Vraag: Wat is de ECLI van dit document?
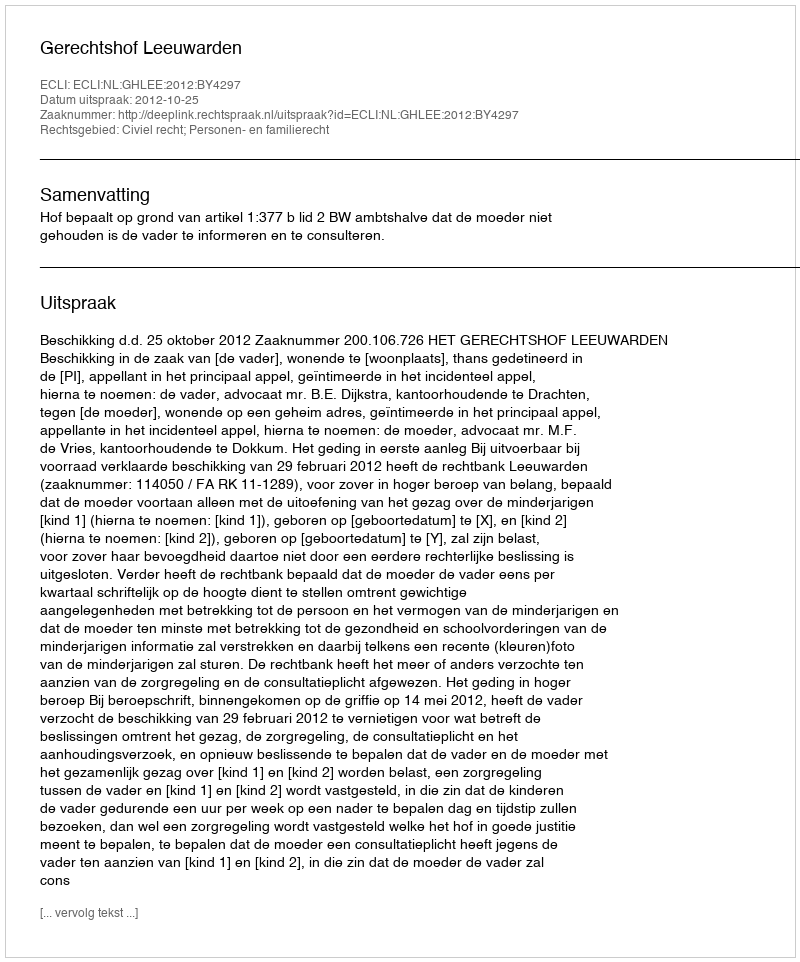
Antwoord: ECLI:NL:GHLEE:2012:BY4297